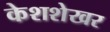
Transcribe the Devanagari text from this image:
केशशेखर